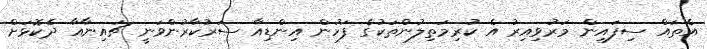
އެތައް ސިފައިން މަރުވިއިރު އެ ކުރިމަތިލުންތަކުގެ ފަހުން އިންޑިއާ ސަރުކާރުންވަނީ ޗައިނާއާ ދެކޮޅަށް